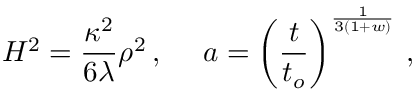
H ^ { 2 } = \frac { \kappa ^ { 2 } } { 6 \lambda } \rho ^ { 2 } \, , ~ ~ ~ ~ a = \left( \frac { t } { t _ { o } } \right) ^ { \frac { 1 } { 3 ( 1 + w ) } } \, ,